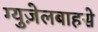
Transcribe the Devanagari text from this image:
ग्युज़ेलबाहसे